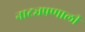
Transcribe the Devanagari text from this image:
नाट्यप्रणाली